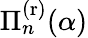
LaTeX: \Pi_{n}^{\mathrm{(r)}}(\alpha)